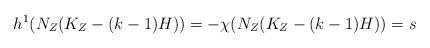
LaTeX: \begin{align*}h^1(N_Z(K_Z-(k-1)H))=-\chi(N_Z(K_Z-(k-1)H))=s\end{align*}